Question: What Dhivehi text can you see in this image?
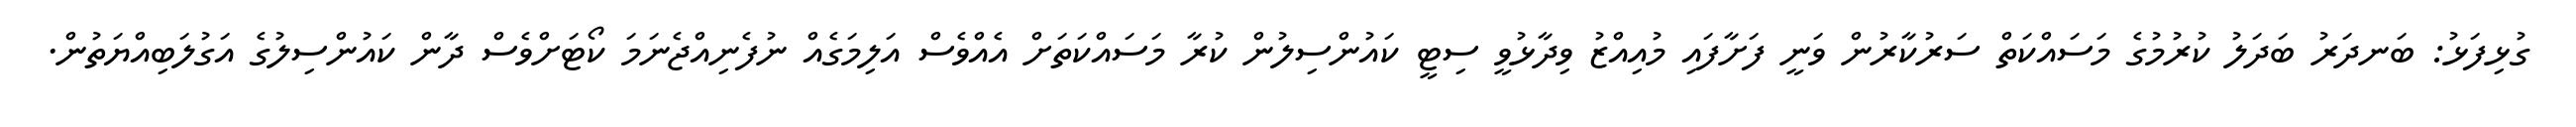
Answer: ގުޅިފަޅު: ބަނދަރު ބަދަލު ކުރުމުގެ މަސައްކަތް ސަރުކާރުން ވަނީ ފަށާފައި މުއިއްޒު ވިދާޅުވީ ސިޓީ ކައުންސިލުން ކުރާ މަސައްކަތަށް އެއްވެސް އަލިމަގެއް ނުފެނިއްޖެނަމަ ކޯޓަށްވެސް ދާން ކައުންސިލުގެ އަގުލަބިއްޔަތުން.